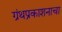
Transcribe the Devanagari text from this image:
ग्रंथप्रकाशनाचा